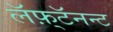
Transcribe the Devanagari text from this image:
लॅफ़्टॅनन्ट